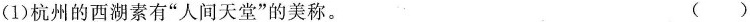
(1)杭州的西湖素有”人间天堂”的美称。 ()